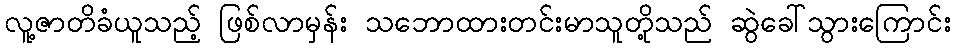
လူ့ဇာတိခံယူသည့် ဖြစ်လာမှန်း သဘောထားတင်းမာသူတို့သည် ဆွဲခေါ်သွားကြောင်း